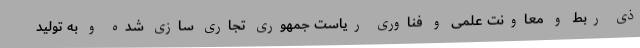
ذی ربط و معاونت علمی و فناوری ریاست جمهوری تجاری سازی شده و به تولید